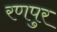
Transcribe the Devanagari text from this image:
रणपुर